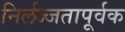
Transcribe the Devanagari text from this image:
निर्लज्जतापूर्वक